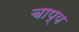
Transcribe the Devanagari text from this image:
चाप्य